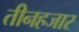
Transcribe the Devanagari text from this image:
तीनहजार